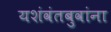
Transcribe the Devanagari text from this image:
यशंवंतबुवांना